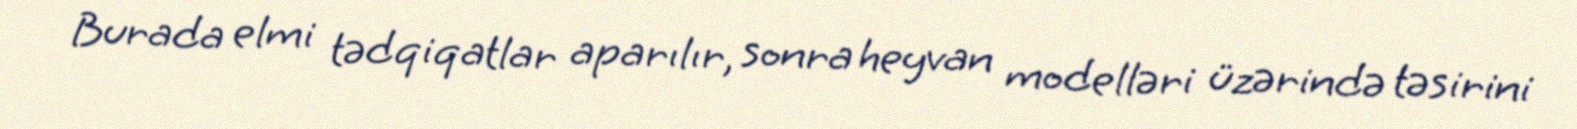
Burada elmi tədqiqatlar aparılır, sonra heyvan modelləri üzərində təsirini